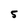
Character: 5